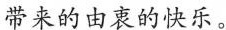
带来的由衷的快乐。